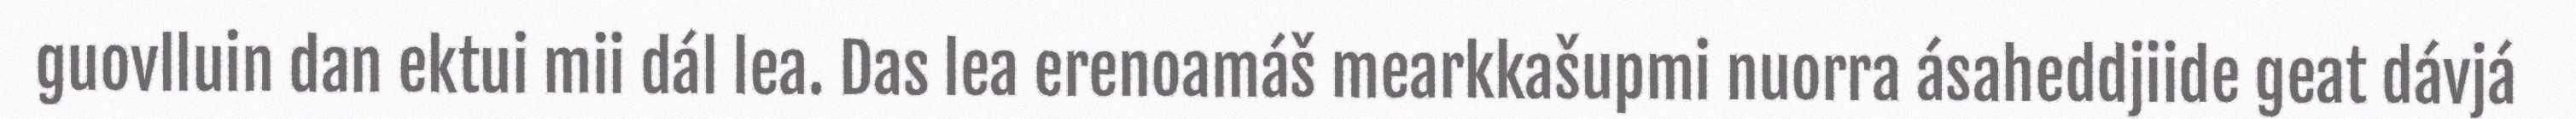
guovlluin dan ektui mii dál lea. Das lea erenoamáš mearkkašupmi nuorra ásaheddjiide geat dávjá